Scientific memoirs by medical officers of the Army of India - Part III,
Year: 1887
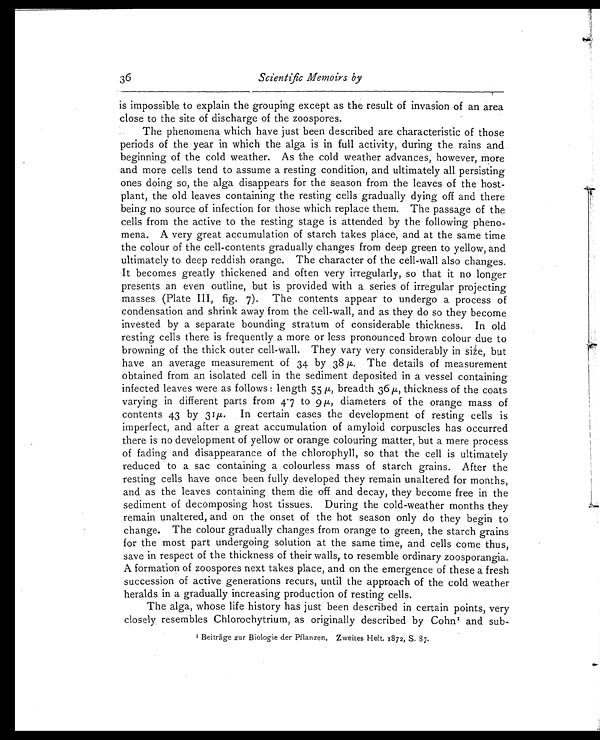
36 Scientific Memoirs by
is impossible to explain the grouping except as the result of invasion of an area
close to the site of discharge of the zoospores.
The phenomena which have just been described are characteristic of those
periods of the year in which the alga is in full activity, during the rains and
beginning of the cold weather. As the cold weather advances, however, more
and more cells tend to assume a resting condition, and ultimately all persisting
ones doing so, the alga disappears for the season from the leaves of the host-
plant, the old leaves containing the resting cells gradually dying off and there
being no source of infection for those which replace them. The passage of the
cells from the active to the resting stage is attended by the following pheno-
mena. A very great accumulation of starch takes place, and at the same time
the colour of the cell-contents gradually changes from deep green to yellow, and
ultimately to deep reddish orange. The character of the cell-wall also changes.
It becomes greatly thickened and often very irregularly, so that it no longer
presents an even outline, but is provided with a series of irregular projecting
masses (Plate III, fig. 7). The contents appear to undergo a process of
condensation and shrink away from the cell-wall, and as they do so they become
invested by a separate bounding stratum of considerable thickness. In old
resting cells there is frequently a more or less pronounced brown colour due to
browning of the thick outer cell-wall. They vary very considerably in size, but
have an average measurement of 34 by 38 µ. The details of measurement
obtained from an isolated cell in the sediment deposited in a vessel containing
infected leaves were as follows: length 55 µ, breadth 36 µ, thickness of the coats
varying in different parts from 4.7 to 9 µ, diameters of the orange mass of
contents 43 by 31 µ. In certain cases the development of resting cells is
imperfect, and after a great accumulation of amyloid corpuscles has occurred
there is no development of yellow or orange colouring matter, but a mere process
of fading and disappearance of the chlorophyll, so that the cell is ultimately
reduced to a sac containing a colourless mass of starch grains. After the
resting cells have once been fully developed they remain unaltered for months,
and as the leaves containing them die off and decay, they become free in the
sediment of decomposing host tissues, During the cold-weather months they
remain unaltered, and on the onset of the hot season only do they begin to
change. The colour gradually changes from orange to green, the starch grains
for the most part undergoing solution at the same time, and cells come thus,
save in respect of the thickness of their walls, to resemble ordinary zoosporangia.
A formation of zoospores next takes place, and on the emergence of these a fresh
succession of active generations recurs, until the approach of the cold weather
heralds in a gradually increasing production of resting cells.
The alga, whose life history has just been described in certain points, very
closely resembles Chlorochytrium, as originally described by Cohn 1 and subs-
1 Beiträge zur Biologie der Pflanzen. Zweites Heft. 1872, S. 87.